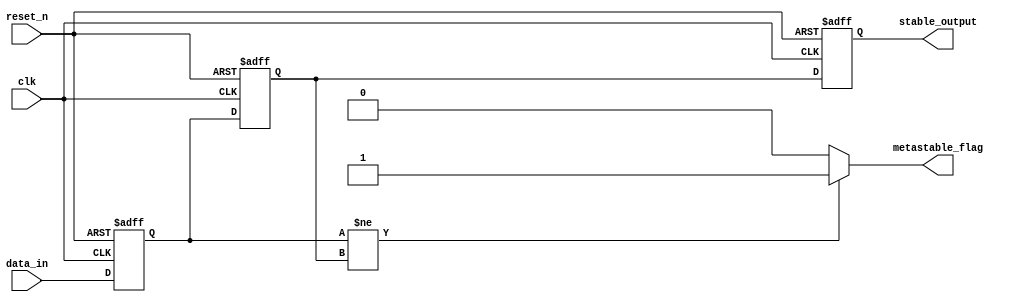
module metastability_detector (
    input wire clk,                // Clock signal
    input wire reset_n,            // Asynchronous active-low reset signal
    input wire data_in,            // Asynchronous input signal
    output reg metastable_flag,    // Metastability detection flag
    output reg stable_output        // Synchronized output of data_in
);

    // Internal signals for flip-flop outputs
    reg ff1_output;
    reg ff2_output;

    // Flip-flops for synchronizing the data_in signal
    always @(posedge clk or negedge reset_n) begin
        if (!reset_n) begin
            ff1_output <= 1'b0;      // Initialize FF1 to 0 on reset
        end else begin
            ff1_output <= data_in;   // Capture data_in in FF1
        end
    end

    always @(posedge clk or negedge reset_n) begin
        if (!reset_n) begin
            ff2_output <= 1'b0;      // Initialize FF2 to 0 on reset
        end else begin
            ff2_output <= ff1_output; // Capture FF1 output in FF2
        end
    end

    // Metastability detection logic
    always @(*) begin
        if (ff1_output != ff2_output) begin
            metastable_flag = 1'b1;   // Metastability detected
        end else begin
            metastable_flag = 1'b0;   // No metastability
        end
    end

    // Synchronized output
    always @(posedge clk or negedge reset_n) begin
        if (!reset_n) begin
            stable_output <= 1'b0;     // Initialize stable_output to 0 on reset
        end else begin
            stable_output <= ff2_output; // Output the synchronized signal from FF2
        end
    end

endmodule